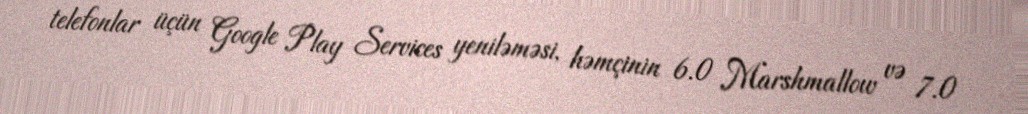
telefonlar üçün Google Play Services yeniləməsi, həmçinin 6.0 Marshmallow və 7.0